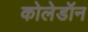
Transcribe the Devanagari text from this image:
कोलेडॉन